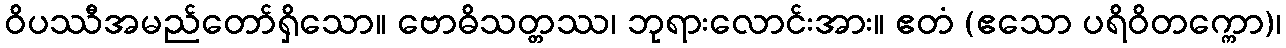
ဝိပဿီအမည်တော်ရှိသော။ ဗောဓိသတ္တဿ၊ ဘုရားလောင်းအား။ ဧတံ (ဧသော ပရိဝိတက္ကော)၊